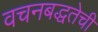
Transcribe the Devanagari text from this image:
वचनबद्धतेची